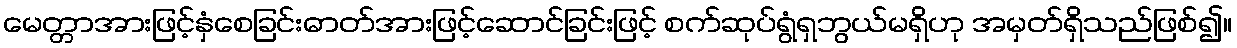
မေတ္တာအားဖြင့်နှံစေခြင်းဓာတ်အားဖြင့်ဆောင်ခြင်းဖြင့် စက်ဆုပ်ရွံရှဘွယ်မရှိဟု အမှတ်ရှိသည်ဖြစ်၍။